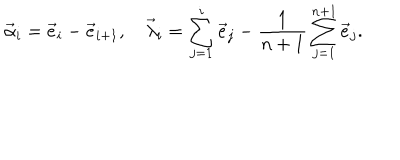
LaTeX: \vec { \alpha } _ { i } = \vec { e } _ { i } - \vec { e } _ { i + 1 } , \quad \vec { \lambda } _ { i } = \sum _ { j = 1 } ^ { i } \vec { e } _ { j } - { \frac { 1 } { n + 1 } } \sum _ { j = 1 } ^ { n + 1 } \vec { e } _ { j } .